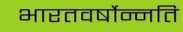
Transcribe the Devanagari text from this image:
भारतवर्षोन्नति